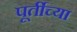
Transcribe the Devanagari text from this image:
पूर्तीच्या